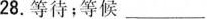
28.等待；等候___